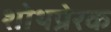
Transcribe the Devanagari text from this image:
शोथप्रेरक